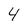
Character: 4